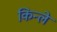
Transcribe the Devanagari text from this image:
किन्ले